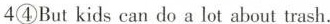
4④But kids can do a lot about trash.